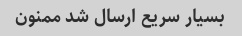
بسیار سریع ارسال شد ممنون